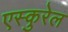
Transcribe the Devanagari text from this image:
एस्कुरेल